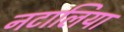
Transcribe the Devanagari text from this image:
नटालिया